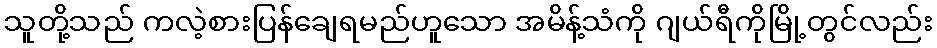
သူတို့သည် ကလဲ့စားပြန်ချေရမည်ဟူသော အမိန့်သံကို ဂျယ်ရီကိုမြို့တွင်လည်း